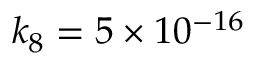
k _ { 8 } = 5 \times 1 0 ^ { - 1 6 }